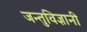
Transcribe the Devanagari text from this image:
जन्तुविज्ञानी